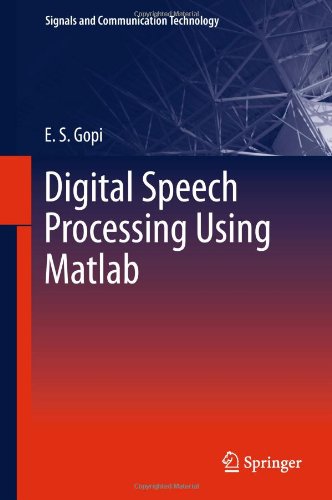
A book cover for Digital Speech Processing Using Matlab (Signals and Communication Technology); E. S. Gopi; Computers & Technology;